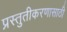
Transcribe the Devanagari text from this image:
प्रस्तुतीकरणासाठी